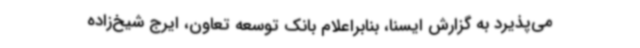
می‌پذیرد به گزارش ایسنا، بنابراعلام بانک توسعه تعاون، ایرج شیخ‌زاده